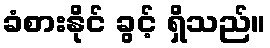
ခံစားနိုင် ခွင့် ရှိသည်။